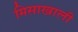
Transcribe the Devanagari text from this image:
मिसाखाली